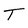
Character: T